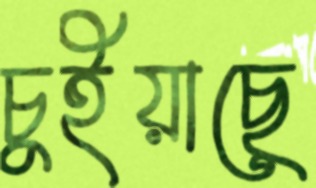
চুইয়াছে